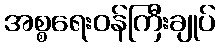
အစ္စရေးဝန်ကြီးချုပ်